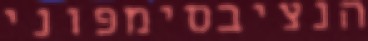
הנציבסימפוני